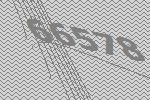
66578